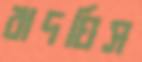
বাদঘিস